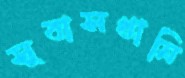
সুবাসখানি